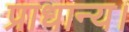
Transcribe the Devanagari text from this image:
प्राधान्य।